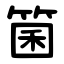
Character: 箘